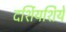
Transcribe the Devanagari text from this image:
दर्शियशिये